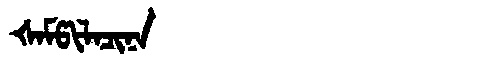
Manchu: ᡧᠠᠮᡦᡳᠯᠠᠴᡳᠨᠠ
Romanization: ŠAMPILACINA